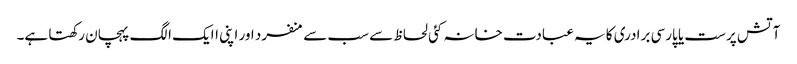
آتش پرست یا پارسی برادری کا یہ عبادت خانہ کئی لحاظ سے سب سے منفرد اور اپنی اایک الگ پہچان رکھتا ہے۔